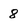
Character: 8